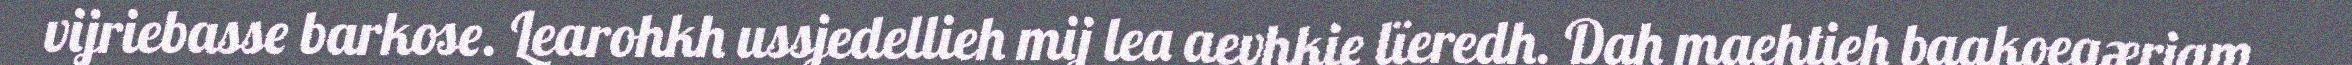
vijriebasse barkose. Learohkh ussjedellieh mij lea aevhkie lïeredh. Dah maehtieh baakoegærjam